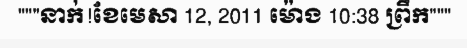
"""នាក់!ខែមេសា 12, 2011 ម៉ោង 10:38 ព្រឹក"""